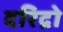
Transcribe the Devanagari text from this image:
दरिद्रो